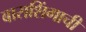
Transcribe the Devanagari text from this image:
बाराशिंगाची